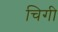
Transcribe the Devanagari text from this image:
चिगी